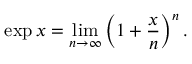
\exp x = \operatorname* { l i m } _ { n \to \infty } \left( 1 + { \frac { x } { n } } \right) ^ { n } .